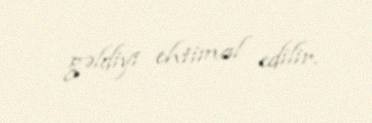
gəldiyi ehtimal edilir.